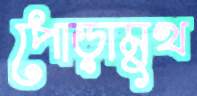
পোড়ামুখ